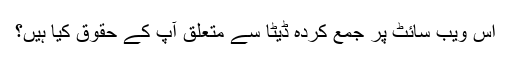
اس ویب سائٹ پر جمع کردہ ڈیٹا سے متعلق آپ کے حقوق کیا ہیں؟